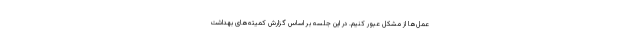
عمل‌ها از مشکل عبور کنیم. در این جلسه بر اساس گزارش کمیته‌های بهداشت